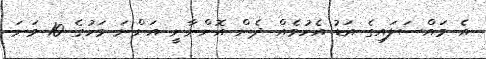
އެ މައްސަލައިގެ އަޑު އެހުމެއް ދެން އޮންނާނީ އަންނަ މަހުގެ 10 ވަނަ